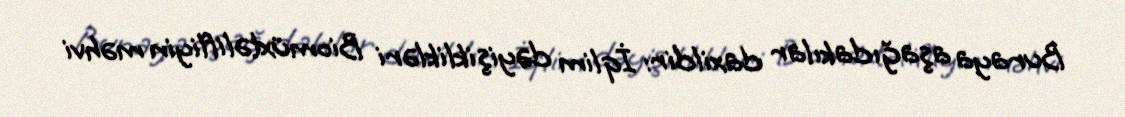
Buraya aşağıdakılar daxildir: İqlim dəyişiklikləri Biomüxtəlifliyin məhvi